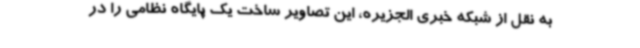
به نقل از شبکه خبری الجزیره، این تصاویر ساخت یک پایگاه نظامی را در